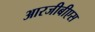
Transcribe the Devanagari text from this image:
आरजीबीएस